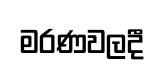
මරණවලදී